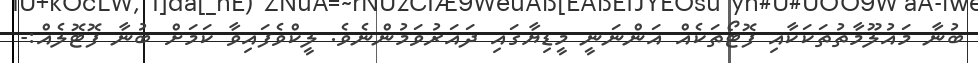
ބުނާ މައުލޫމާތުތަކަކާއި ފޮޓޯތަކެއް އަންނަނީ މީޑިޔާގައި ދައަރުވަމުންނެވެ. ލީކްވެފައިވާ ކަމަށް ބުނާ ފޮޓޮލެއް:-